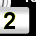
Digit: 2